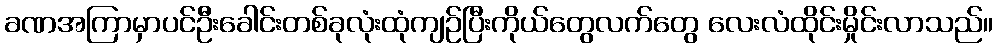
ခဏအကြာမှာပင်ဦးခေါင်းတစ်ခုလုံးထုံကျဉ်ပြီးကိုယ်တွေလက်တွေ လေးလံထိုင်းမှိုင်းလာသည်။